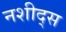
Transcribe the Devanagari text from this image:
नशीद्स